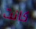
كانت